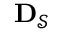
{ \bf D } _ { \mathcal { S } }